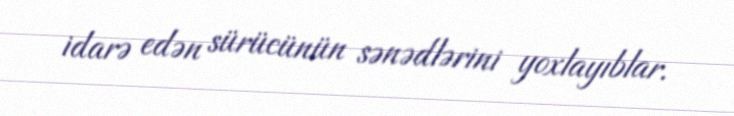
idarə edən sürücünün sənədlərini yoxlayıblar.